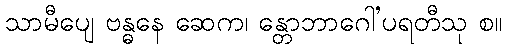
သာမီပျေ ဗန္ဓနေ ဆေက၊ န္တောဘာဂေါ’ပရတီသု စ။